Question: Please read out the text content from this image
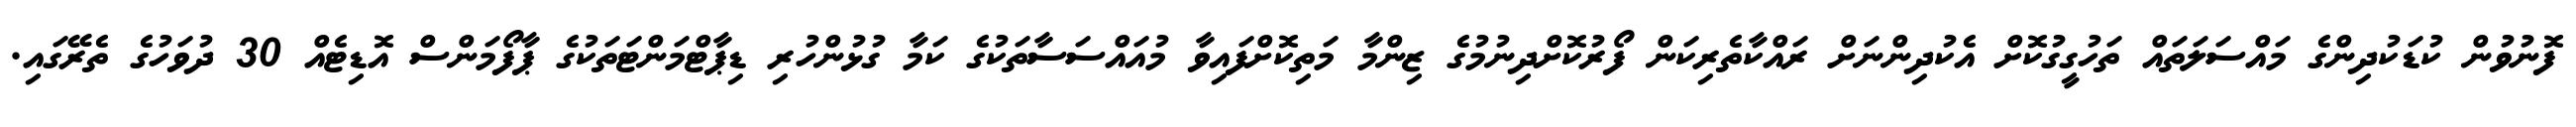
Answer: ފޮނުވުން ކުޑަކުދިންގެ މައްސަލަތައް ތަހުގީގުކޮށް އެކުދިންނަށް ރައްކާތެރިކަން ފޯރުކޮށްދިނުމުގެ ޒިންމާ މަތިކޮށްފައިވާ މުއައްސަސާތަކުގެ ކަމާ ގުޅުންހުރި ޑިޕާޓްމަންޓަތަކުގެ ޕާފޯމަންސް އޮޑިޓެއް 30 ދުވަހުގެ ތެރޭގައި.